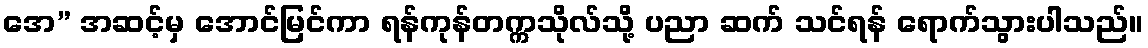
အေ” အဆင့်မှ အောင်မြင်ကာ ရန်ကုန်တက္ကသိုလ်သို့ ပညာ ဆက် သင်ရန် ရောက်သွားပါသည်။